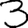
Digit: 3